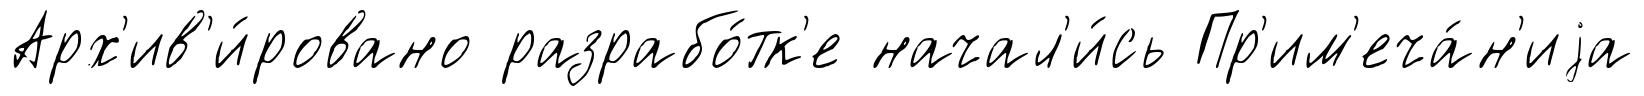
Арх'ив'и́ровано разрабо́тк'е начал'и́сь Пр'им'еча́н'иjа